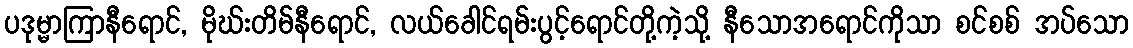
ပဒုမ္မာကြာနီရောင်, မိုဃ်းတိမ်နီရောင်, လယ်ခေါင်ရမ်းပွင့်ရောင်တို့ကဲ့သို့ နီသောအရောင်ကိုသာ စင်စစ် အပ်သော